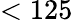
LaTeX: <125